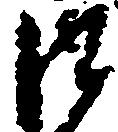
江